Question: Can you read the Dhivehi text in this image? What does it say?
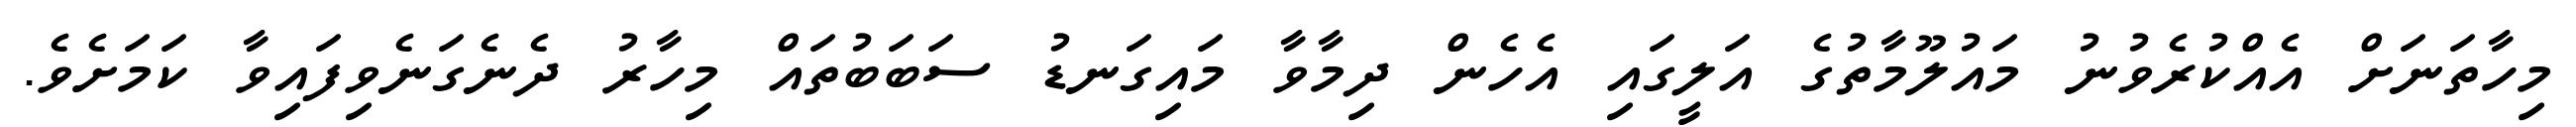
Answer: މިހާތަނަށް އެއްކުރެވުނު މައުލޫމާތުގެ އަލީގައި އެހެން ދިމާވާ މައިގަނޑު ސަބަބުތައް މިހާރު ދެނެގަނެވިފައިވާ ކަމަށެވެ.